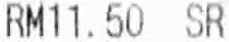
RM11.50 SR